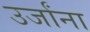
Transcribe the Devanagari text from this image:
उर्जांना